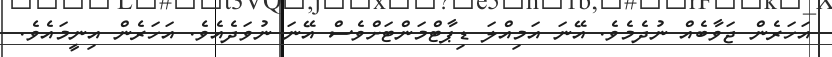
އަަހަރެން ޖަވާބެއް ނުދެމެވެ. އޭނަ އަމިއްލަ ޑިޕާޓްމަންޓަށްވެސް އޭނަ ނުވަދެއެވެ. އަހަރެން އިނީމައެވެ.